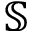
{ \mathbb S }